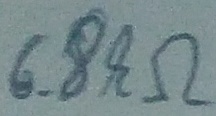
Text: 6.8kΩ